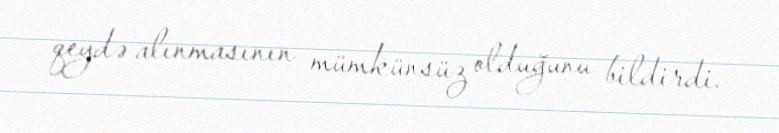
qeydə alınmasının mümkünsüz olduğunu bildirdi.